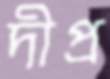
দীপ্র